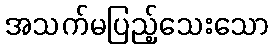
အသက်မပြည့်သေးသော